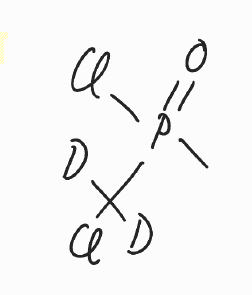
Simplified molecular-input line-entry system (SMILES) notation of the given molecule:
[2H]C([2H])(P(=O)(C)Cl)Cl